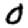
Digit: 0